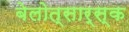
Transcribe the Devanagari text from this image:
बेलोत्सार्स्क